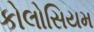
કોલોસિયમ